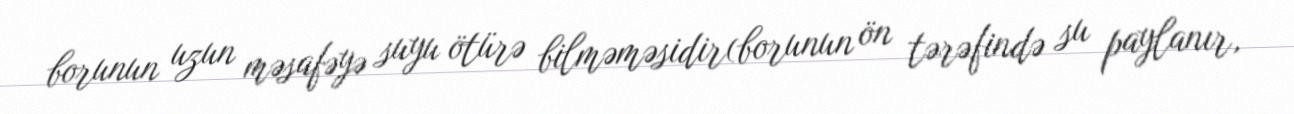
borunun uzun məsafəyə suyu ötürə bilməməsidir(borunun ön tərəfində su paylanır,